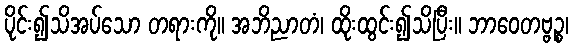
ပိုင်း၍သိအပ်သော တရားကို။ အဘိညာတံ၊ ထိုးထွင်း၍သိပြီး။ ဘာဝေတဗ္ဗဉ္စ၊